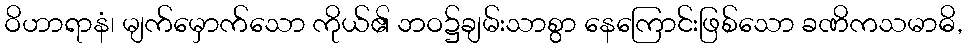
ဝိဟာရာနံ၊ မျက်မှောက်သော ကိုယ်၏ ဘဝ၌ချမ်းသာစွာ နေကြောင်းဖြစ်သော ခဏိကသမာဓိ,